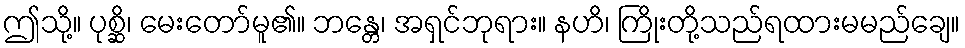
ဤသို့။ ပုစ္ဆိ၊ မေးတော်မူ၏။ ဘန္တေ၊ အရှင်ဘုရား။ နဟိ၊ ကြိုးတို့သည်ရထားမမည်ချေ။